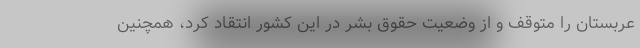
عربستان را متوقف و از وضعیت حقوق بشر در این کشور انتقاد کرد، همچنین